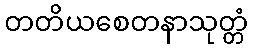
တတိယစေတနာသုတ္တံ